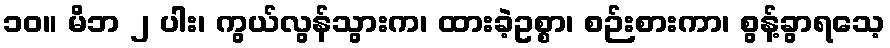
၁၀။ မိဘ ၂ ပါး၊ ကွယ်လွန်သွားက၊ ထားခဲ့ဥစ္စာ၊ စဉ်းစားကာ၊ စွန့်ခွာရသေ့